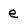
Character: e